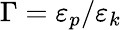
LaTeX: \Gamma=\varepsilon_{p}/\varepsilon_{k}